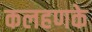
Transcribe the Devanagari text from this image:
कलहणके